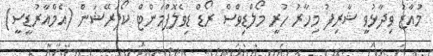
މުއާޒު ވިދާޅުވީ ޝާރިފު މިހާރު ހުރީ މޯލްޑިވްސް ރޯޑް ޑިވެލޮޕްމަންޓް ކޯޕަރޭޝަން (އެމްއާރުޑީސީ)